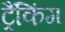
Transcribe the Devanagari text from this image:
ट्रैंकिंग